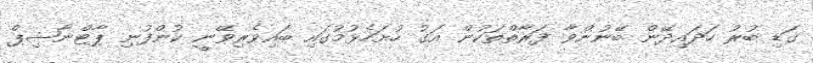
ގަޑި ބުރު ހަދައިދޭން ބޭނުންވާ ފަރާތްތަކުން އަގު ހުށަހެޅުމުގައި ބައިވެރިވޭނީ ކުންފުނި ޕާޓްނާޝިޕް